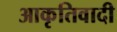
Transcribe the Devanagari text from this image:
आकृतिवादी